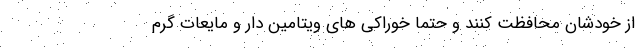
از خودشان محافظت کنند و حتما خوراکی های ویتامین دار و مایعات گرم